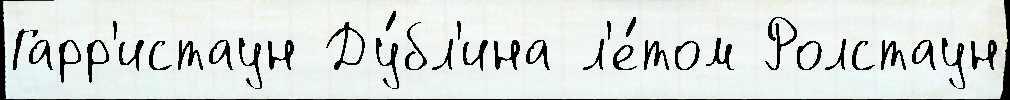
Гарр'истаун Ду́бл'ина л'е́том Ролстаун